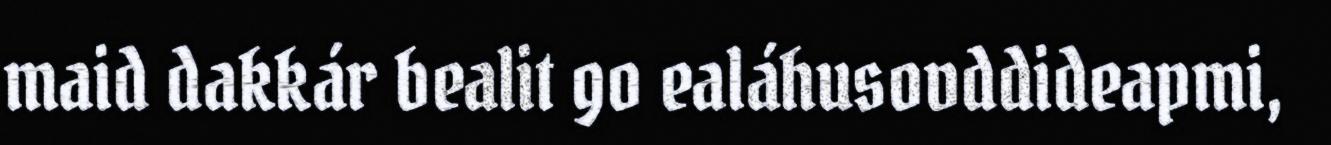
maid dakkár bealit go ealáhusovddideapmi,